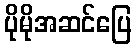
ပိုမိုအဆင်ပြေ